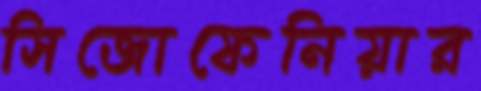
সিজোফেনিয়ার